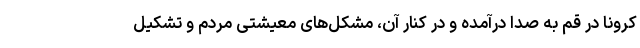
کرونا در قم به صدا درآمده و در کنار آن، مشکل‌های معیشتی مردم و تشکیل